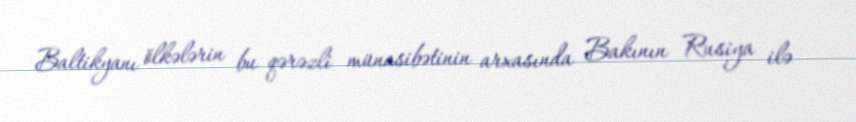
Baltikyanı ölkələrin bu qərəzli münasibətinin arxasında Bakının Rusiya ilə